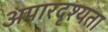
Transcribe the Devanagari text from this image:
अपारदृश्यता